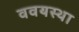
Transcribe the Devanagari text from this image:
ववयस्था